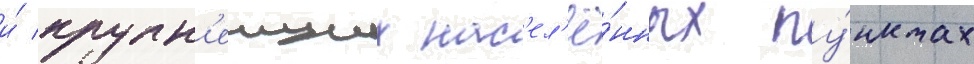
и́ крупн'еиших нас'ел'ё́нных пу́нктах